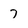
Character: 7